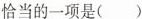
恰当的一项是()